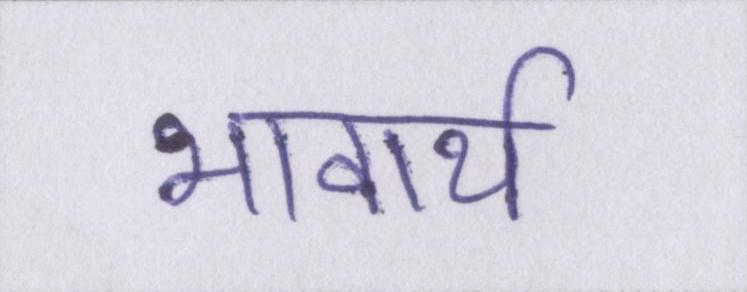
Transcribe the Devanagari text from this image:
भावार्थ